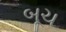
બૂચ